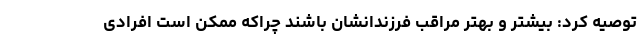
توصیه کرد: بیشتر و بهتر مراقب فرزندانشان باشند چراکه ممکن است افرادی